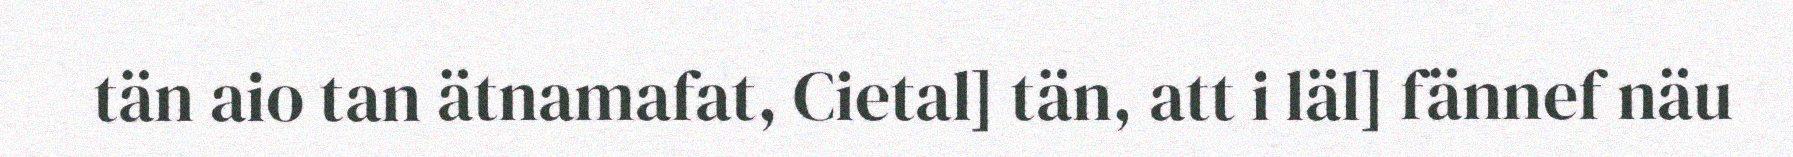
tän aio tan ätnamafat, Cietal] tän, att i läl] fännef näu